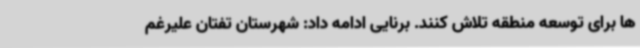
ها برای توسعه منطقه تلاش کنند. برنایی ادامه داد: شهرستان تفتان علیرغم